Indian journal of veterinary science and animal husbandry - Volume 14,
Year: 1944
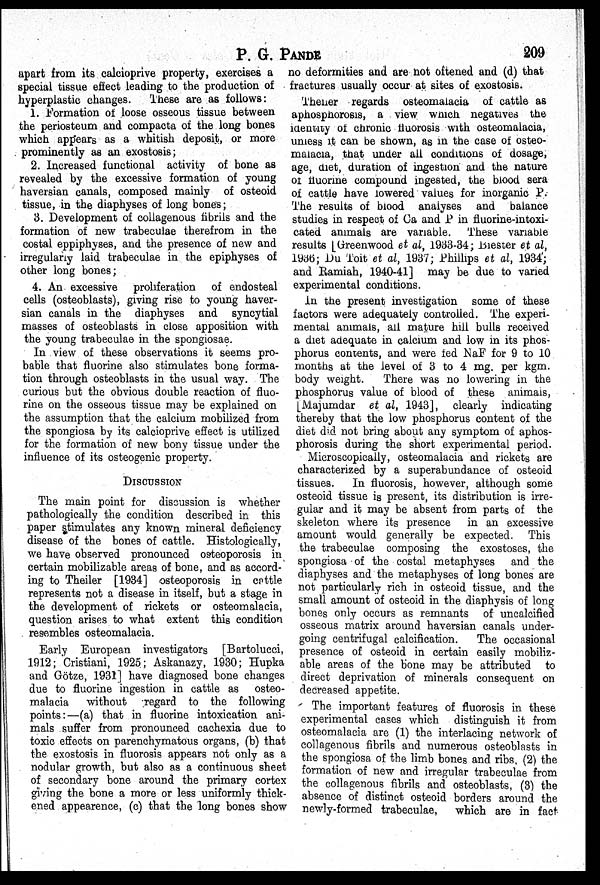
P. G.
PANDE
209
apart from its calcioprive property, exercises a
special tissue effect leading to the production of
hyperplastic changes.
These are as follows:
1. Formation of loose osseous tissue between
the periosteum and compacta of the long bones
which appears as a whitish deposit, or more
prominently as an exostosis;
2. Increased functional activity of bone as
revealed by the excessive formation of young
haversian canals, composed mainly of osteoid
tissue, in the diaphyses of long bones;
3. Development of collagenous fibrils and the
formation of new trabeculae therefrom in the
costal eppiphyses, and the presence of new and
irregularly laid trabeculae in the epiphyses of
other long bones;
4. An excessive proliferation of endosteal
cells (osteoblasts), giving rise to young haver-
sian canals in the diaphyses and syncytial
masses of osteoblasts in close apposition with
the young trabeculae in the spongiosae.
In view of these observations it seems pro-
bable that fluorine also stimulates bone forma-
tion through osteoblasts in the usual way. The
curious but the obvious double reaction of fluo-
rine on the osseous tissue may be explained on
the assumption that the calcium mobilized from
the spongiosa by its calcioprive effect is utilized
for the formation of new bony tissue under the
influence of its osteogenic property.
DISCUSSION
The main point for discussion is whether
pathologically the condition described in this
paper stimulates any known mineral deficiency
disease of the bones of cattle. Histologically,
we have observed pronounced osteoporosis in
certain mobilizable areas of bone, and as accord-
ing to Theiler [1934] osteoporosis in cattle
represents not a disease in itself, but a stage in
the development of rickets or osteomalacia,
question arises to what extent this condition
resembles osteomalacia.
Early European investigators [Bartolucci,
1912; Cristiani, 1925; Askanazy, 1930; Hupka
and Götze, 1931] have diagnosed bone changes
due to fluorine ingestion in cattle as osteo-
malacia
without
regard to the following
points:—(a) that in fluorine intoxication ani-
mals suffer from pronounced cachexia due to
toxic effects on parenchymatous organs, (b) that
the exostosis in fluorosis appears not only as a
nodular growth, but also as a continuous sheet
of secondary bone around the primary cortex
giving the bone a more or less uniformly thick-
ened appearence, (c) that the long bones show
no deformities and are not oftened and (d) that
fractures usually occur at sites of exostosis.
Thener regards osteomalacia of cattle as
aphosphorosis, a view which negatives the
identity of chronic fluorosis with osteomalacia,
uniess it can be shown, as in the case of osteo-
malacia, that under all conditions of dosage,
age, diet, duration of ingestion and the nature
of fluorine compound ingested, the blood sera
of cattle have lowered values for inorganic P.
The results of blood analyses and balance
studies in respect of Ca and P in fluorine-intoxi-
cated animals are variable. These variable
results [Greenwood et al, 1933-34; Biester et al,
1936; Du Toit et al, 1937; Phillips et al, 1934';
and Ramiah, 1940-41] may be due to varied
experimental conditions.
In the present investigation some of these
factors were adequately controlled. The experi-
mental animals, all mature hill bulls received
a diet adequate in calcium and low in its phos-
phorus contents, and were fed NaF for 9 to 10
months at the level of 3 to 4 mg. per kgm.
body weight.
There was no lowering in the
phosphorus value of blood of these animals,
[Majumdar et al, 1943], clearly indicating
thereby that the low phosphorus content of the
diet did not bring about any symptom of aphos-
phorosis during the short experimental period.
Microscopically, osteomalacia and rickets are
characterized by a superabundance of osteoid
tissues.
In fluorosis, however, although some
osteoid tissue is present, its distribution is irre-
gular and it may be absent from parts of the
skeleton where its presence
in an excessive
amount would generally be expected. This
the trabeculae composing the exostoses, the
spongiosa of the costal metaphyses
and the
diaphyses and the metaphyses of long bones are
not particularly rich in osteoid tissue, and the
small amount of osteoid in the diaphysis of long
bones only occurs as remnants of uncalcified
osseous matrix around haversian canals under-
going centrifugal calcification.
The occasional
presence of osteoid in certain easily mobiliz-
able areas of the bone may be attributed to
direct deprivation of minerals consequent on
decreased appetite.
The important features of fluorosis in these
experimental cases which distinguish it from
osteomalacia are (1) the interlacing network of
collagenous fibrils and numerous osteoblasts in
the spongiosa of the limb bones and ribs, (2) the
formation of new and irregular trabeculae from
the collagenous fibrils and osteoblasts, (3) the
absence of distinct osteoid borders around the
newly-formed trabeculae,
which are in fact